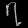
Digit: ၇